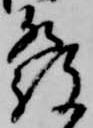
発